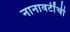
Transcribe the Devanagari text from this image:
नानावटींची